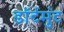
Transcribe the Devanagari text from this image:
डॉर्टमुंट